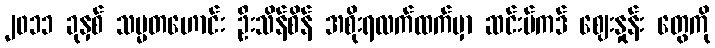
၂၀၁၁ ခုနှစ် သမ္မတဟောင်း ဦးသိန်စိန် အစိုးရလက်ထက်မှာ ဆင်းမ်ကဒ် ဈေးနှုန်း တွေကို